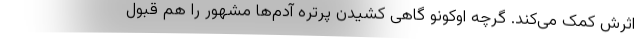
اثرش کمک می‌کند. گرچه اوکونو گاهی کشیدن پرتره آدم‌ها مشهور را هم قبول